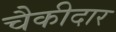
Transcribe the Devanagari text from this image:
चैकीदार